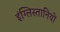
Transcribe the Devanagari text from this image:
इंग्लिस्तानियों